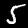
Label: 5